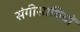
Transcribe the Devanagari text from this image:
संगीसाथियों